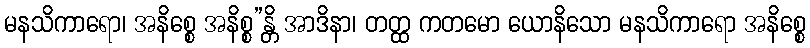
မနသိကာရော၊ အနိစ္စေ အနိစ္စ”န္တိ အာဒိနာ၊ တတ္ထ ကတမော ယောနိသော မနသိကာရော အနိစ္စေ